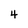
Character: 4